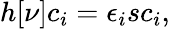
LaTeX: \begin{array}{l}{{\displaystyle h[\nu]c_{i}=\epsilon_{i}sc_{i}},}\end{array}